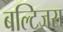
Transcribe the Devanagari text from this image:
बल्टिजस